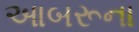
આબરૂના